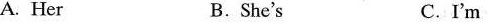
A. Her B.She's C.I'm